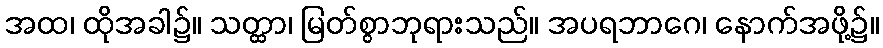
အထ၊ ထိုအခါ၌။ သတ္ထာ၊ မြတ်စွာဘုရားသည်။ အပရဘာဂေ၊ နောက်အဖို့၌။